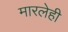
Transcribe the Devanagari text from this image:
मारलेही